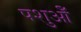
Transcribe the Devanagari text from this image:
पशुओँ